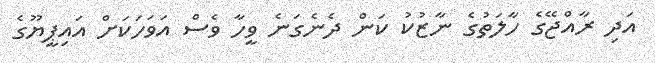
އަދި ރާއްޖޭގެ ހާލަތުގެ ނާޒުކު ކަން ދެނެގަނެ ވީހާ ވެސް އަވަހަކަށް އައިޕީޔޫގެ